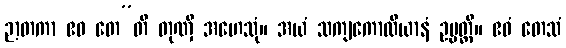
ဉာတကာ ဧဝ တေ”တိ တုဏှီ အဟေသုံ။ အယံ သကျကောလိယာနံ ဥပ္ပတ္တိ။ ဧဝံ တေသံ